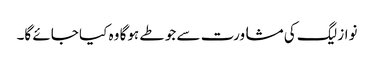
نواز لیگ کی مشاورت سے جو طے ہوگا وہ کیا جائے گا۔